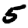
Digit: 5